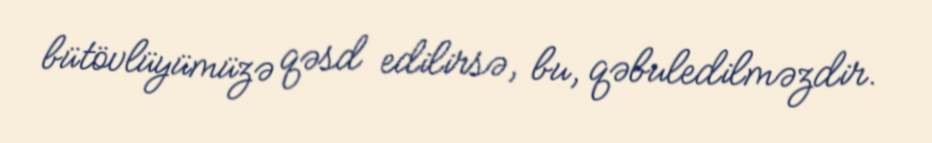
bütövlüyümüzə qəsd edilirsə, bu, qəbuledilməzdir.